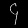
Digit: ၄